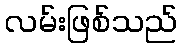
လမ်းဖြစ်သည်